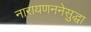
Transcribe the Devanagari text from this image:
नारायणननेसुद्धा